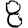
Digit: 8